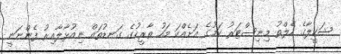
ޝަކީލާގެ ހެލްތު މިނިސްޓަރު ކަމުގެ އަށެއްކަ މަހު ތާރީހުގެ ގަނޑުތައް ނިއުޅާލާއިރު ފެންނަނީ